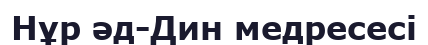
Нұр әд-Дин медресесі